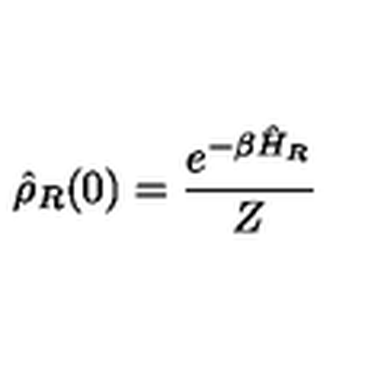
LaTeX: \hat { \rho } _ { R } ( 0 ) = \frac { e ^ { - \beta \hat { H } _ { R } } } { Z }